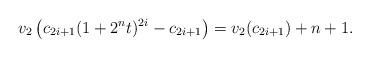
LaTeX: \begin{align*}v_{2}\left(c_{2i+1}(1+2^{n}t)^{2i}-c_{2i+1}\right)=v_{2}(c_{2i+1})+n+1.\end{align*}